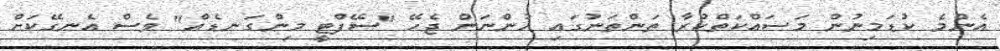
އެންމެ ކުޑަމިނުން މަސައްކަތްކުރާ ތަންތަނުގައި ހުންނަން ޖެހޭ "ސޭފްޓީ މިންގަނޑެއް" ވެސް އެނގޭކަށް